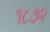
૧૮૭૨